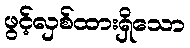
ဖွင့်လှစ်ထားရှိသော